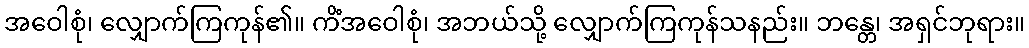
အဝေါစုံ၊ လျှောက်ကြကုန်၏။ ကိံအဝေါစုံ၊ အဘယ်သို့ လျှောက်ကြကုန်သနည်း။ ဘန္တေ၊ အရှင်ဘုရား။